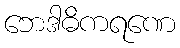
ဘေဒါဓိကရဏေ